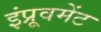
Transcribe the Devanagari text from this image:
इंप्रूवमेंट